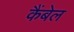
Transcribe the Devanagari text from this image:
कैंबेल